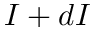
I + d I